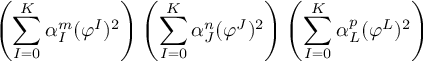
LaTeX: \left( \sum _ { I = 0 } ^ { K } \alpha _ { I } ^ { m } ( \varphi ^ { I } ) ^ { 2 } \right) \left( \sum _ { I = 0 } ^ { K } \alpha _ { J } ^ { n } ( \varphi ^ { J } ) ^ { 2 } \right) \left( \sum _ { I = 0 } ^ { K } \alpha _ { L } ^ { p } ( \varphi ^ { L } ) ^ { 2 } \right)